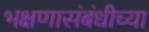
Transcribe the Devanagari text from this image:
भक्षणासंबंधीच्या